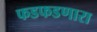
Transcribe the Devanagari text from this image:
फडफडणारा